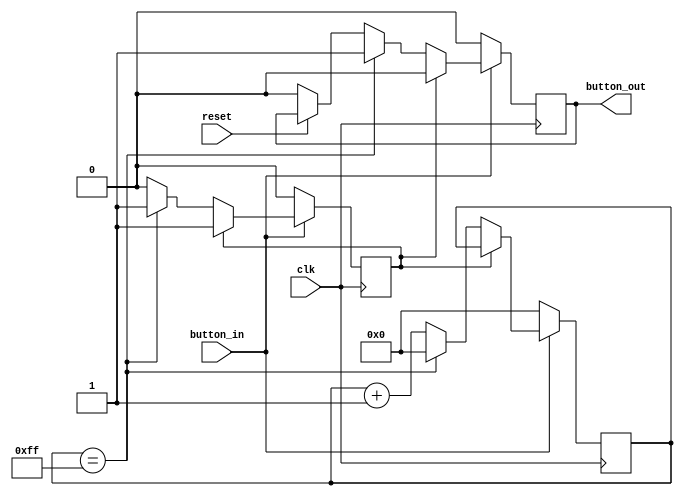
`timescale 1ns / 1ps
module debouncer(
    input clk,
    input reset,
    input button_in,
    output reg button_out
);
    reg deb_count_start;
    reg [7:0] deb_count;
    reg output_exist;
    reg [7:0] MAX = 8'b11111111;
   
    always@ (posedge clk) begin
        if (reset == 0) begin
            button_out <= 0;
        end
       
        if (button_in == 1) begin
            if (output_exist == 0) begin
                if (deb_count_start == 0) begin
                    deb_count_start <= 1;
                    deb_count <= deb_count + 1;
                end else begin
                    deb_count <= deb_count + 1;
                end // deb_count_start
               
                if (deb_count == MAX) begin
                    button_out <= 1;
                    deb_count_start <= 0;
                    deb_count <= 0;
                    output_exist <= 1;
                end // deb_count == MAX
               
            end else begin
                button_out <= 0;
            end // output_exist
        end else begin
            deb_count_start <= 0;
            deb_count <= 0;
            output_exist <= 0;
            button_out <= 0;
        end
    end // always
endmodule